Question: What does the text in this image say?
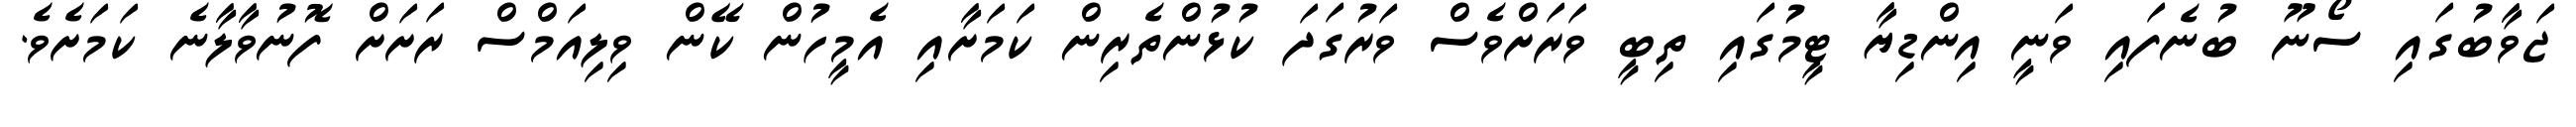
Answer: ޖަވާބުގައި ސޯނޫ ބުނެފައި ވަނީ އިންޑިޔާ ޓީމުގައި ތިބީ ވަރަށްވެސް ވަރުގަދަ ކުޅުންތެރިން ކަމަށާއި އެމީހުން ކޭން ވިލިއަމްސް ރަށަށް ފޮނުވާލާނެ ކަމަށެވެ.